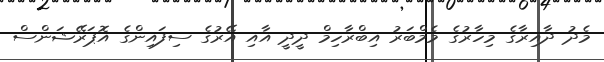
މެދު ދާއިރާގެ މިހާރުގެ މެމްބަރު އިބްރާހިމް ދީދީ އާއި އޭރުގެ ސިފައިންގެ އޮޕަރޭޝަންސް